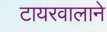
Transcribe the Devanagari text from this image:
टायरवालाने